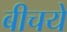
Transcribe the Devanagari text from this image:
बीचये